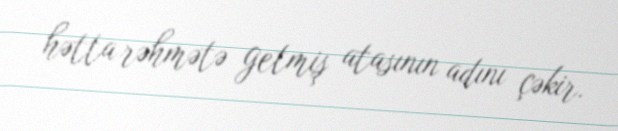
hətta rəhmətə getmiş atasının adını çəkir.